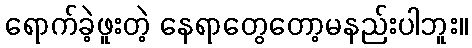
ရောက်ခဲ့ဖူးတဲ့ နေရာတွေတော့မနည်းပါဘူး။